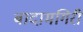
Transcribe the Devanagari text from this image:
बादामगिरी